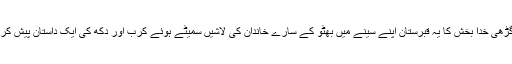
لیکن گڑھی خدا بخش کا یہ قبرستان اپنے سینے میں بھٹو کے سارے خاندان کی لاشیں سمیٹے ہوئے کرب اور دکھ کی ایک داستان پیش کرتا ہے۔